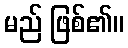
မည် ဖြစ်၏။